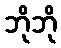
ဘိုဘို